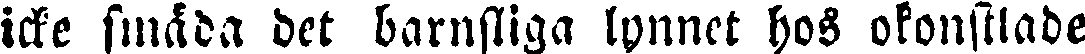
icke smäda det barnsliga lynnet hos okonstlade